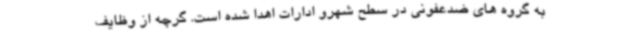
به گروه های ضدعفونی در سطح شهرو ادارات اهدا شده است. گرچه از وظایف